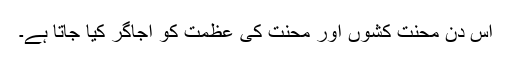
اس دن محنت کشوں اور محنت کی عظمت کو اجاگر کیا جاتا ہے۔